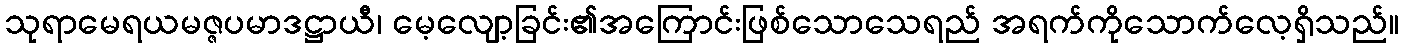
သုရာမေရယမဇ္ဇပမာဒဋ္ဌာယီ၊ မေ့လျော့ခြင်း၏အကြောင်းဖြစ်သောသေရည် အရက်ကိုသောက်လေ့ရှိသည်။